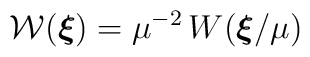
{\mathcal W}( \mbox{\boldmath $ \xi$})= \mu^{-2} \, W ( \mbox{\boldmath $ \xi$}/\mu )\;